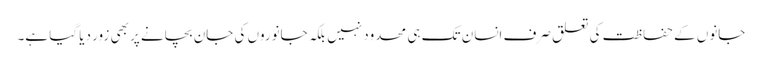
جانوں کے حفاظت کی تعلق صرف انسان تک ہی محدود نہیں بلکہ جانوروں کی جان بچانے پر بھی زور دیا گیا ہے۔